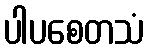
ပါပစေတသံ